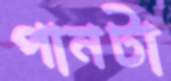
পানটা